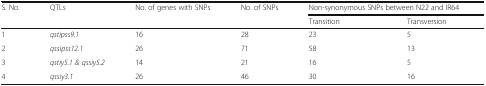
| <ROWSPAN=2> S. No. | <ROWSPAN=2> QTLs | <ROWSPAN=2> No. of genes with SNPs | <ROWSPAN=2> No. of SNPs | <COLSPAN=2> Non-synonymous SNPs between N22 and IR64 |
 | Transition | Transversion |
 | --- | --- | --- | --- | --- | --- |
 | 1 | qstipss9.1 | 16 | 28 | 23 | 5 |
 | 2 | qssipss12.1 | 26 | 71 | 58 | 13 |
 | 3 | qstiy5.1 & qssiy5.2 | 14 | 21 | 16 | 5 |
 | 4 | qssiy3.1 | 26 | 46 | 30 | 16 |